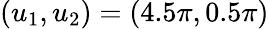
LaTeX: (u_{1},u_{2})=(4.5\pi,0.5\pi)